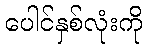
ပေါင်နှစ်လုံးကို